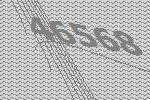
46568